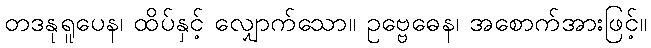
တဒနုရူပေန၊ ထိပ်နှင့် လျှောက်သော။ ဥဗ္ဗေဓေန၊ အစောက်အားဖြင့်။